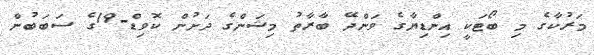
މަރުކާގެ މި ބޯޓަކީ އިންޑިޔާގެ ވަންދޭ ބާރާތު މިޝަންގެ ދަށުން ކޮވިޑް-19ގެ ސަބަބުން